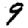
Digit: 9